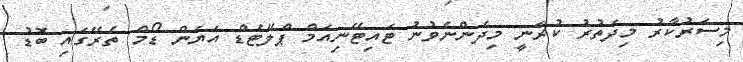
މިސަރުކާރު މިދަތުރު ކުރަނީ މިދެންނެވުނު ޓައިޓޭނިއަމް ޕްލޭޓެޑް އަޔަން ޑޯމް ތެރޭގައި ބޮޑު